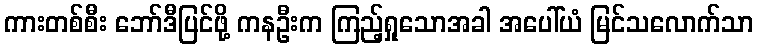
ကားတစ်စီး ဘော်ဒီပြင်ဖို့ ကနဦးက ကြည့်ရှုသောအခါ အပေါ်ယံ မြင်သလောက်သာ